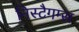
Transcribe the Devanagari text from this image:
निस्टैगम्स